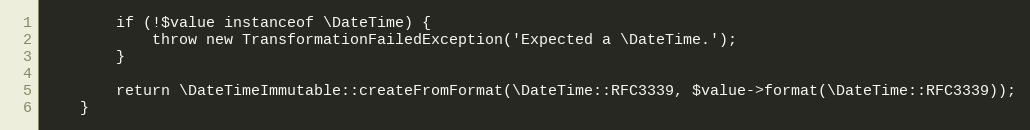
Language: PHP
        if (!$value instanceof \DateTime) {
            throw new TransformationFailedException('Expected a \DateTime.');
        }

        return \DateTimeImmutable::createFromFormat(\DateTime::RFC3339, $value->format(\DateTime::RFC3339));
    }